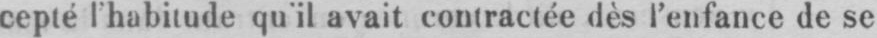
cepté l’habitude qu’il avait contractée dès l’enfance de se